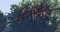
રિડઆઉટ